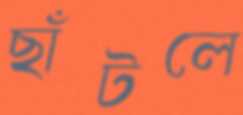
ছাঁটলে